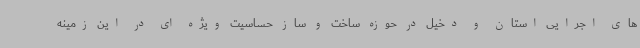
های اجرایی استان و دخیل در حوزه ساخت و ساز حساسیت ویژه ای در این زمینه